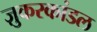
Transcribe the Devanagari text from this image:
ज़ुकरकांडल